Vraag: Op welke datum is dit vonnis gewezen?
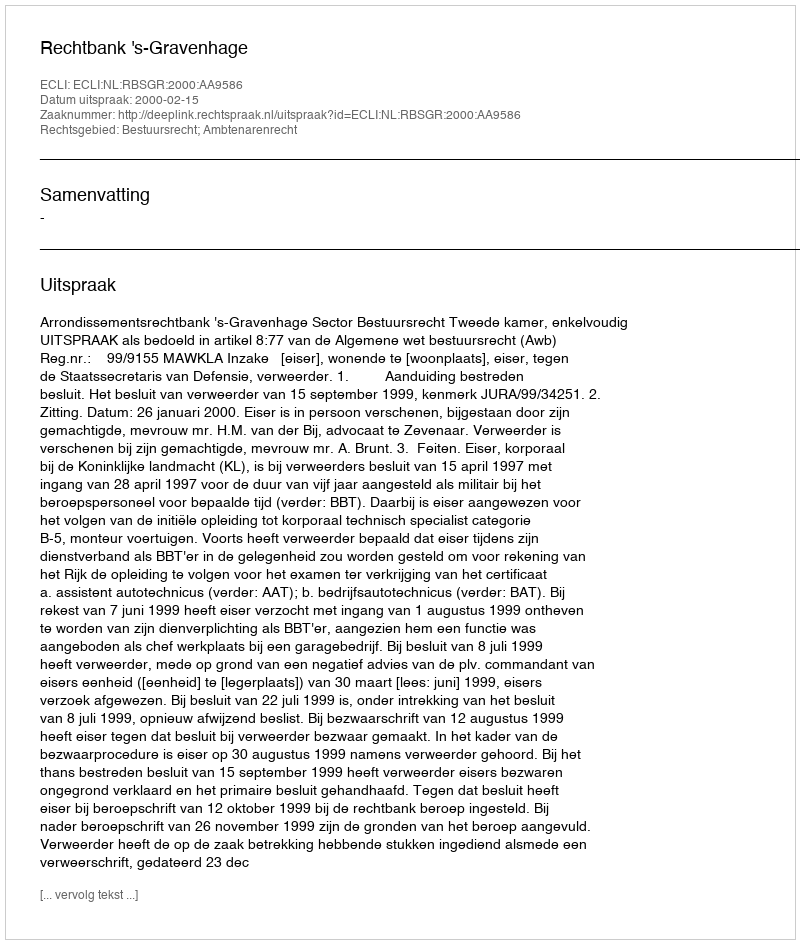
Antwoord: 2000-02-15